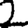
Digit: 2